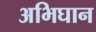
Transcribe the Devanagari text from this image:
अभिघान